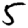
Digit: 5